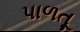
પાળતૂ